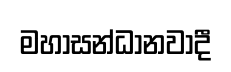
මහාසන්ධානවාදී